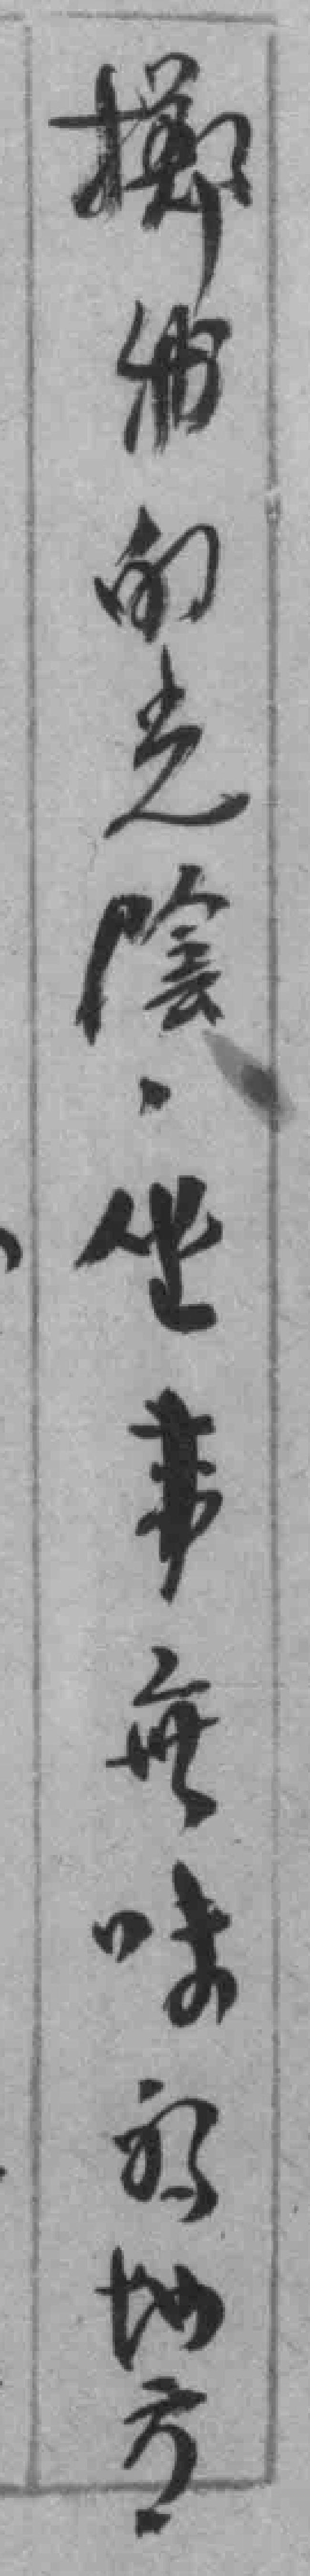
**的光陰，坐事無味的地方